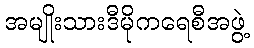
အမျိုးသားဒီမိုကရေစီအဖွဲ့